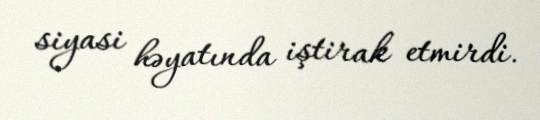
siyasi həyatında iştirak etmirdi.